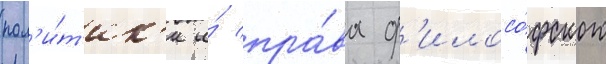
пол'и́т'ик'и и́ пра́ва ф'илосо́фского